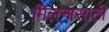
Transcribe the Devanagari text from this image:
मिलनासाठी